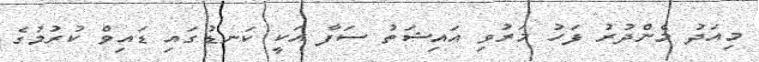
މިއަދު މެންދުރު ފަހު މަރުވި އައިޝަތު ސަފާ އަކީ ކަނޑުގައި ޑައިވް ކުރުމުގެ